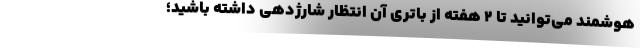
هوشمند می‌توانید تا ۲ هفته از باتری آن انتظار شارژدهی داشته باشید؛